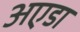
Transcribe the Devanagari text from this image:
अएडा